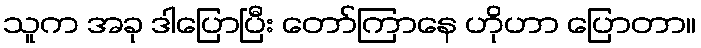
သူက အခု ဒါပြောပြီး တော်ကြာနေ ဟိုဟာ ပြောတာ။